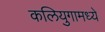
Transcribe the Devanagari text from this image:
कलियुगामध्ये